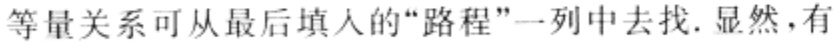
等量关系可从最后填入的“路程”一列中去找. 显然，有